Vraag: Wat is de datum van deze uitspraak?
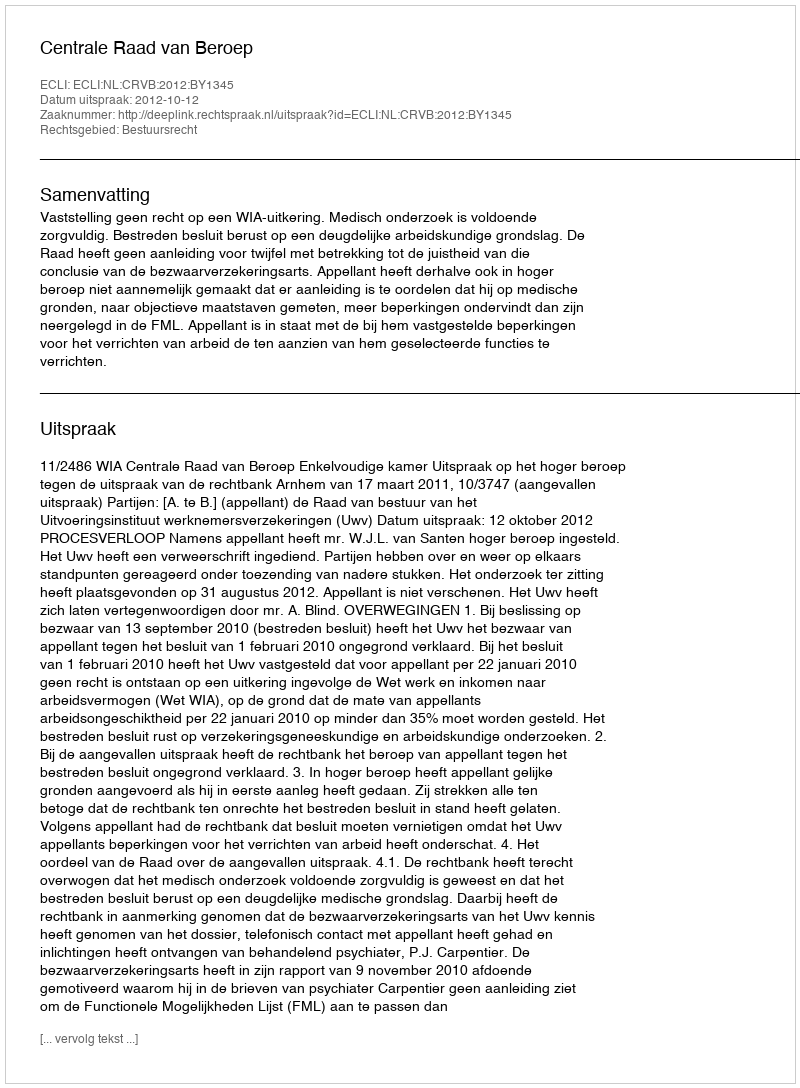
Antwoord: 2012-10-12